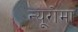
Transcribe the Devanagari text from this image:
न्यूरोमा